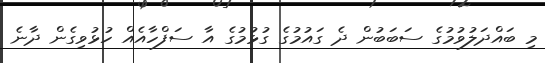
މި ބައްދަލުވުމުގެ ސަބަބުން ދެ ގައުމުގެ ގުޅުމުގެ އާ ސަފްހާއެއް ހުޅުވިގެން ދާނެ